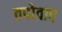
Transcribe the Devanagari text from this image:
तपोवाद